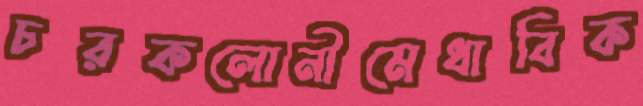
চরকলোনীমেধাবিক